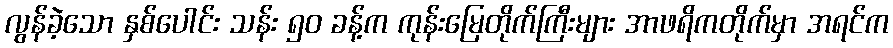
လွန်ခဲ့သော နှစ်ပေါင်း သန်း ၅၀ ခန့်က ကုန်းမြေတိုက်ကြီးများ အာဖရိကတိုက်မှာ အရင်က